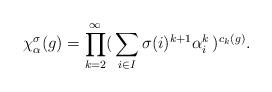
LaTeX: \begin{align*} \chi^{\sigma}_{\alpha}(g) = \prod_{k=2}^{\infty} (\,\sum_{i \in I} \sigma(i)^{k+1} \alpha_{i}^{k} \,)^{c_{k}(g)}.\end{align*}